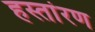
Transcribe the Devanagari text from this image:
हस्तांरण